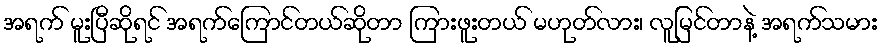
အရက် မူးပြီဆိုရင် အရက်ကြောင်တယ်ဆိုတာ ကြားဖူးတယ် မဟုတ်လား၊ လူမြင်တာနဲ့ အရက်သမား